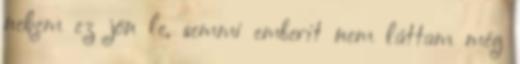
nekem ez jön le, semmi emberit nem láttam még